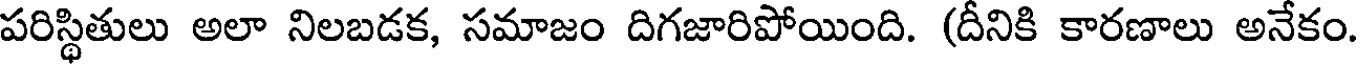
పరిస్థితులు అలా నిలబడక, సమాజం దిగజారిపోయింది. (దీనికి కారణాలు అనేకం.